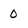
Character: 0